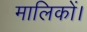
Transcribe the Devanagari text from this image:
मालिकों।